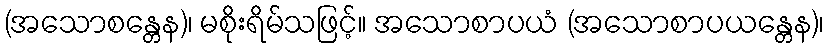
(အသောစန္တေန)၊ မစိုးရိမ်သဖြင့်။ အသောစာပယံ (အသောစာပယန္တေန)၊